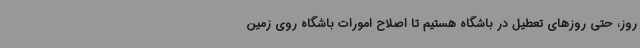
روز، حتی روزهای تعطیل در باشگاه هستیم تا اصلاح امورات باشگاه روی زمین